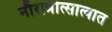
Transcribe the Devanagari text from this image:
नौरात्रोत्सात्वात